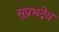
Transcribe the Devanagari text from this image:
सुप्रभदेव